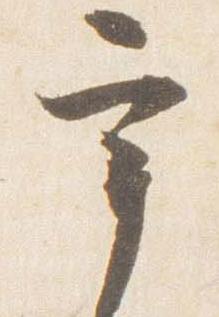
宰